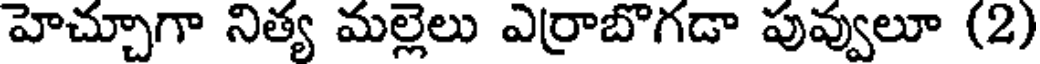
హెచ్చూగా నిత్య మల్లెలు ఎర్రాబొగడా పువ్వులూ (2)